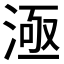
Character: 𣷉